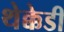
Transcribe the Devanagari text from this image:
थेक्केडी